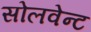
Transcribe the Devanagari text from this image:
सोलवेन्ट